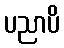
ပညာပိ